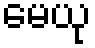
မေယု